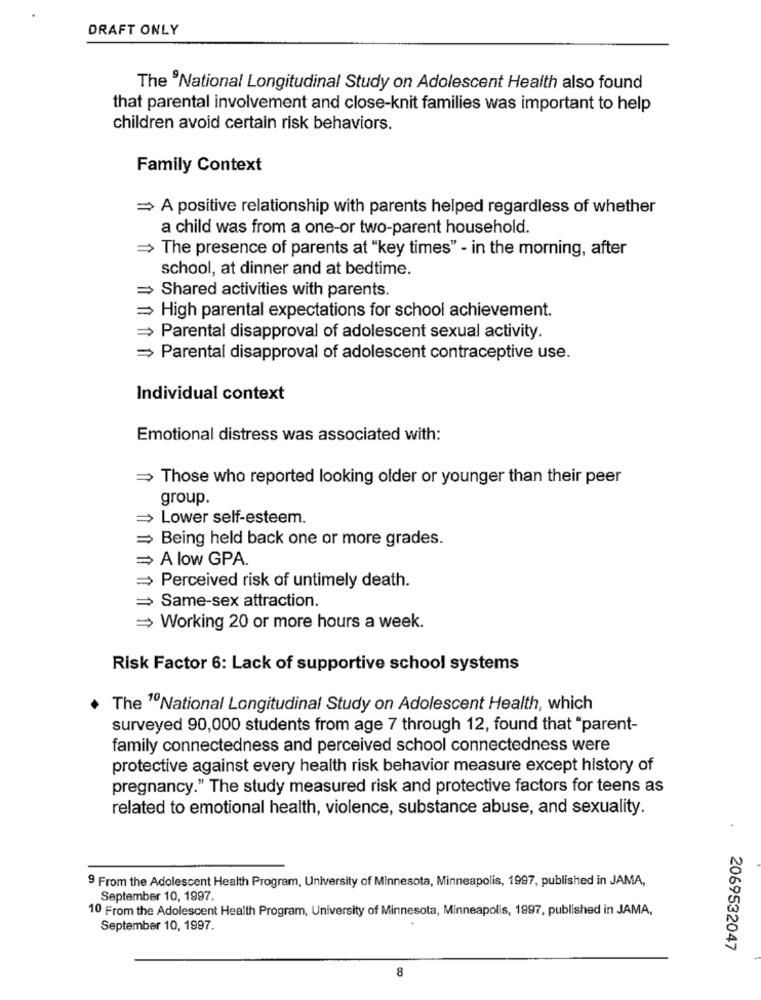
DRAFT ONLY
The National Longitudinal Study on Adolescent Health also found
that parental involvement and close-knit families was important to help
children avoid certain risk behaviors.
Family Context
= A positive relationship with parents helped regardless of whether
a child was from a one-or two-parent household.
The presence of parents at "key times" - in the morning, after
school, at dinner and at bedtime.
= Shared activities with parents.
= High parental expectations for school achievement.
= Parental disapproval of adolescent sexual activity.
= Parental disapproval of adolescent contraceptive use.
Individual context
Emotional distress was associated with:
Those who reported looking older or younger than their peer
group.
= Lower self-esteem.
= Being held back one or more grades.
=> A low GPA.
= Perceived risk of untimely death.
= Same-sex attraction.
= Working 20 or more hours a week.
Risk Factor 6: Lack of supportive school systems
The "National Longitudinal Study on Adolescent Health, which
surveyed 90,000 students from age 7 through 12, found that "parent-
family connectedness and perceived school connectedness were
protective against every health risk behavior measure except history of
pregnancy." The study measured risk and protective factors for teens as
related to emotional health, violence, substance abuse, and sexuality.
9 From the Adolescent Health Program, University of Minnesota, Minneapolis, 1997, published in JAMA,
September 10, 1997.
10 From the Adolescent Health Program, University of Minnesota, Minneapolis, 1997, published in JAMA,
September 10, 1997.
2069532047
8